Annual report on the working of the lock hospitals in the Central Provinces
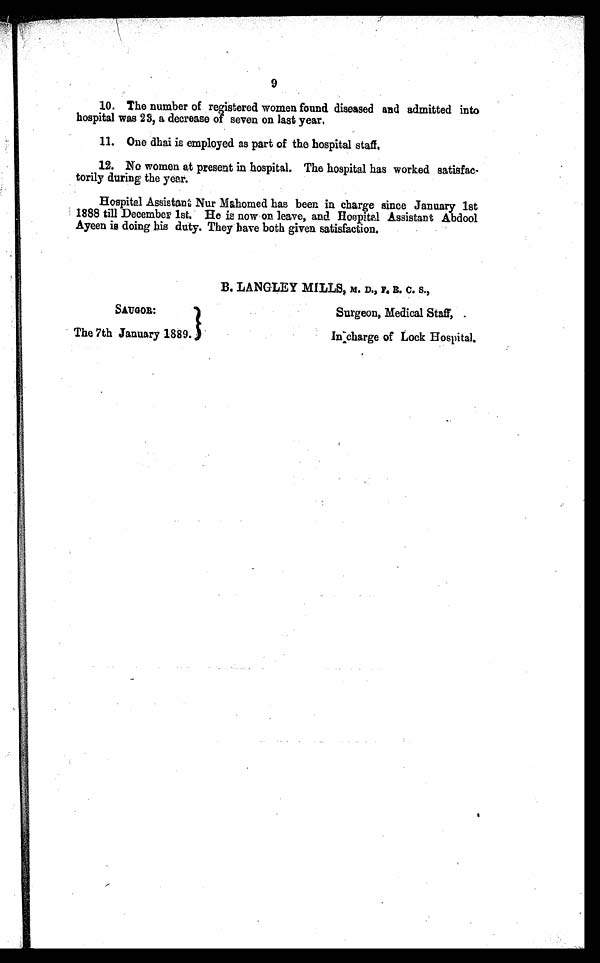
SAUGOR
The 7th January 1889.
Surgeon, Medical Staff, .
In charge of Lock Hospital.
9
10. The number of registered women found diseased and admitted into
hospital was 23, a decrease of seven on last year,
11. One dhai is employed as part of the hospital staff
.
12. No women at present in hospital. The hospital has worked satisfac-
torily during the year.
Hospital Assistant Nur Mahomed has been in charge since January 1st
1888 till December 1st. He is now on leave, and Hospital Assistant Abdool
Ayeen is doing his duty. They have both given satisfaction.
B. LANGLEY MILLS, M. D., F. R. C. S.,